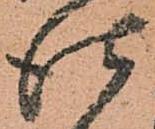
仕